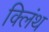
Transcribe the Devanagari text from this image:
क्लिंथ